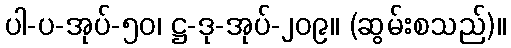
ပါ-ပ-အုပ်-၅၀၊ ဋ္ဌ-ဒု-အုပ်-၂၀၉။ (ဆွမ်းစသည်)။